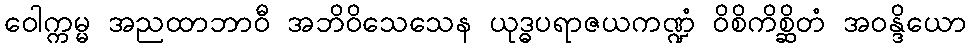
ဝေါက္ကမ္မ အညထာဘာဝီ အဘိဝိသေသေန ယုဒ္ဓပရာဇယကဏ္ဍံ ဝိစိကိစ္ဆိတံ အဝန္ဒိယော